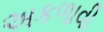
અકળાવી